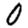
Digit: 0